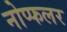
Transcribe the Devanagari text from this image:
नोप्फलर